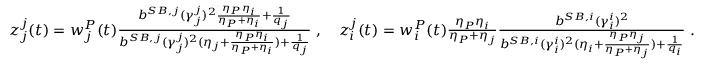
\begin{array} { r } { z _ { j } ^ { j } ( t ) = w _ { j } ^ { P } ( t ) \frac { { b } ^ { S B , j } ( \gamma _ { j } ^ { j } ) ^ { 2 } \frac { \eta _ { P } \eta _ { i } } { \eta _ { P } + \eta _ { i } } + \frac { 1 } { q _ { j } } } { { b } ^ { S B , j } ( \gamma _ { j } ^ { j } ) ^ { 2 } ( \eta _ { j } + \frac { \eta _ { P } \eta _ { i } } { \eta _ { P } + \eta _ { i } } ) + \frac { 1 } { q _ { j } } } \; , \quad z _ { i } ^ { j } ( t ) = w _ { i } ^ { P } ( t ) \frac { \eta _ { P } \eta _ { i } } { \eta _ { P } + \eta _ { j } } \frac { { b } ^ { S B , i } ( \gamma _ { i } ^ { i } ) ^ { 2 } } { { b } ^ { S B , i } ( \gamma _ { i } ^ { i } ) ^ { 2 } ( \eta _ { i } + \frac { \eta _ { P } \eta _ { j } } { \eta _ { P } + \eta _ { j } } ) + \frac { 1 } { q _ { i } } } \; . } \end{array}